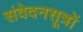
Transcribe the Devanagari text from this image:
संवेदनसूत्रों